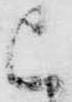
被